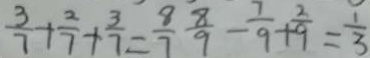
\frac { 3 } { 7 } + \frac { 2 } { 7 } + \frac { 3 } { 7 } = \frac { 8 } { 7 } \frac { 8 } { 9 } - \frac { 7 } { 9 } + \frac { 2 } { 9 } = \frac { 1 } { 3 }